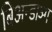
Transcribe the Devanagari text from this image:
बिअन्डाञ्ग